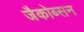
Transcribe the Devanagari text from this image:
जैकोब्सन